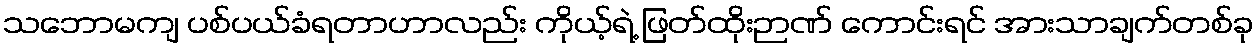
သဘောမကျ ပစ်ပယ်ခံရတာဟာလည်း ကိုယ့်ရဲ့ ဖြတ်ထိုးဉာဏ် ကောင်းရင် အားသာချက်တစ်ခု